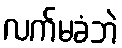
လက်မခံဘဲ